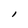
Character: l